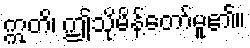
ဣတိ၊ ဤသို့မိန့်တော်မူ၏။